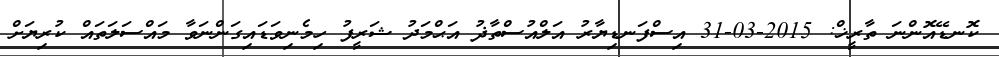
ކޮނޑޭއޮންނަ ތާރީޚް: 2015-03-31 އިސްފަނޑިޔާރު އަލްއުސްތާޛު އަޙްމަދު ޝަރީފު ހިމެނިވަޑައިގަންނަވާ މައްސަލަތައް ކުރިޔަށް